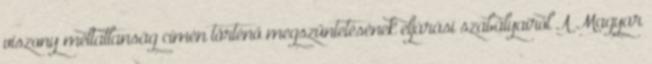
viszony méltatlanság címén történő megszüntetésének eljárási szabályairól A Magyar